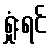
ရှုံးရင်